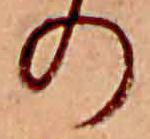
の